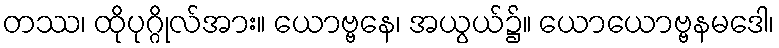
တဿ၊ ထိုပုဂ္ဂိုလ်အား။ ယောဗ္ဗနေ၊ အယွယ်၌။ ယောယောဗ္ဗနမဒေါ၊